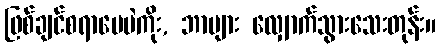
ဖြစ်ချင်စရာပေပဲကိုး, ဘာများ လျှောက်သွားသေးတုန်း။